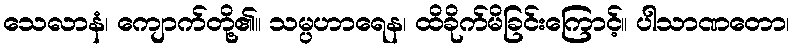
သေလာနံ၊ ကျောက်တို့၏။ သမ္ပဟာရေန၊ ထိခိုက်မိခြင်းကြောင့်။ ပါသာဏတော၊